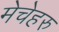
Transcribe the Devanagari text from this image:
मेचेहरु